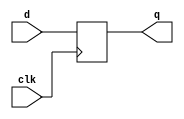
`timescale 1ns / 1ps
//////////////////////////////////////////////////////////////////////////////////
// Company: 
// Engineer: 
// 
// Design Name: 
// Module Name:    d_ff 
// Project Name: 
// Target Devices: 
// Tool versions: 
// Description: 
//
// Dependencies: 
//
// Revision: 
// Revision 0.01 - File Created
// Additional Comments: 
//
//////////////////////////////////////////////////////////////////////////////////
module d_ff(q,clk,d);
    output q;
    input clk;
    input d;
	 reg q;
	 always @(posedge clk)
	 q=d;
	 


endmodule